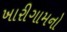
ખારીગામનો